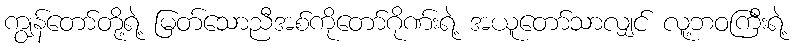
ကျွန်တော်တို့ရဲ့ မြတ်သောညီအစ်ကိုတော်ဂိုဏ်းရဲ့ အယူတော်သာလျှင် လူ့ဘဝကြီးရဲ့